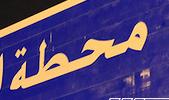
محطة